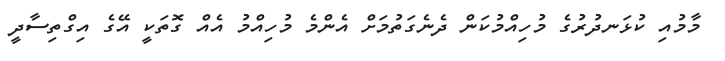
މާމުއި ކުޅަނދުރުގެ މުހިއްމުކަން ދެނެގަތުމަށް އެންމެ މުހިއްމު އެއް ގޮތަކީ އޭގެ އިގްތިސާދީ